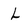
Character: L